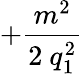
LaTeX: +\frac{m^{2}}{2\mathrm{~}q_{1}^{2}}